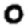
Digit: 0